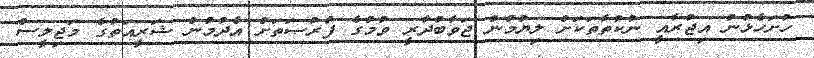
ހުށަހެޅުނު އިޖުރާއީ ނުކުތާތަކަށް ލިޔުމުން ޖަވާބުދާރީ ވުމުގެ ފުރުޞަތަށް އެދުމުން ޝަރީއަތުގެ މަޖިލީސް